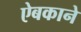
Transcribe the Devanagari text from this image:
ऐबकाने